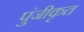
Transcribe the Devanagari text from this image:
पुंजीकृत